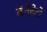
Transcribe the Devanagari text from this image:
बेनेडेटो